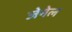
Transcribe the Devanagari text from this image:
जेनेल